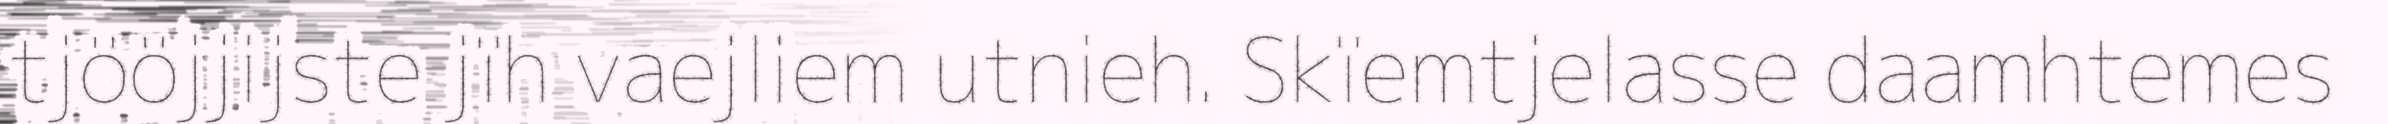
tjööjjijste jïh vaejliem utnieh. Skïemtjelasse daamhtemes